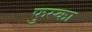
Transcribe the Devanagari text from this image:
फुस्का